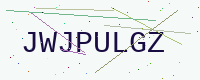
Text: JWJPULGZ